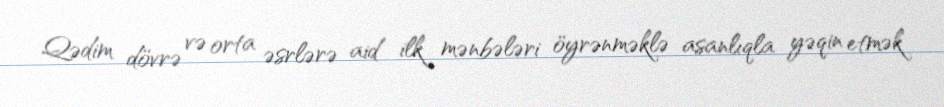
Qədim dövrə və orta əsrlərə aid ilk mənbələri öyrənməklə asanlıqla yəqin etmək